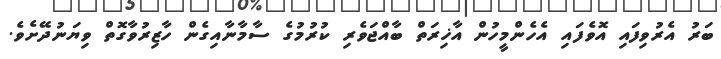
ބަރު އެރުވިފައި އޮވެފައި އެހެންމީހުން އާޚިރަތް ބާއްޖަވެރި ކުރުމުގެ ސާމާނާއިގެން ހާޒިރުވާގޮތް ވިޔަނުދޭށެވެ.